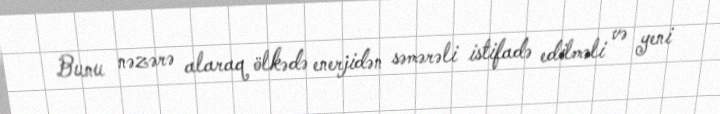
Bunu nəzərə alaraq ölkədə enerjidən səmərəli istifadə edilməli və yeni